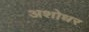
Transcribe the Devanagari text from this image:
अशोधर